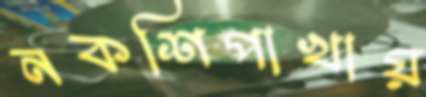
নকশিপাখায়